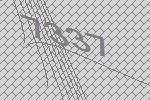
7337